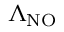
\Lambda _ { \mathrm { N O } }